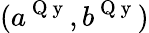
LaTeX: (a^{\mathrm{~Q~y~}},b^{\mathrm{~Q~y~}})